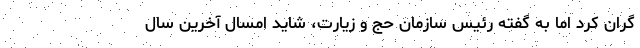
گران کرد اما به گفته رئیس سازمان حج و زیارت، شاید امسال آخرین سال